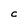
Character: C